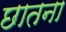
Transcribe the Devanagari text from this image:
छातना